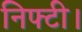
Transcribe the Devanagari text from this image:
निफ्टी।